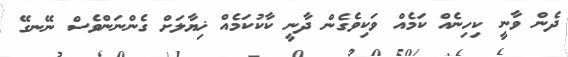
ދެން ވާނީ ކިހިނެއް ކަމެއް ވަކިވެގެން ދާނީ ކާކުކަމެއް ޚިޔާލަށް ގެންނަންވެސް ނޭނގޭ